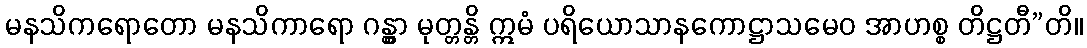
မနသိကရောတော မနသိကာရော ဂန္တွာ မုတ္တန္တိ ဣမံ ပရိယောသာနကောဋ္ဌာသမေဝ အာဟစ္စ တိဋ္ဌတီ”တိ။